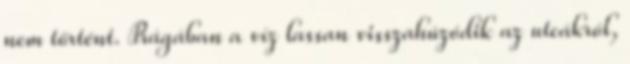
nem történt. Prágában a víz lassan visszahúzódik az utcákról,